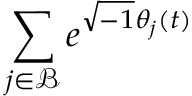
\sum _ { j \in \mathcal { B } } e ^ { \sqrt { - 1 } \theta _ { j } ( t ) }